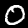
Digit: 0